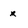
Character: x